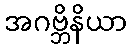
အဂဗ္ဘိနိယာ